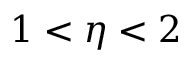
1 < \eta < 2